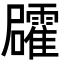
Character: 𮦻